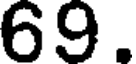
69.